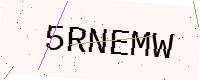
Text: 5RNEMW